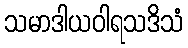
သမာဒါယဝါရသဒိသံ